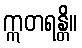
ဣတရန္တိ။